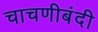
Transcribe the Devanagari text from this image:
चाचणीबंदी